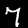
Digit: 7